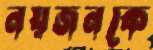
নয়জনকে